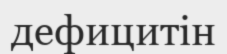
дефицитін